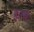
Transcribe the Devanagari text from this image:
ह्यन्ये